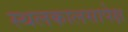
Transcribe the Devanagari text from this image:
स्थलकालसापेक्ष